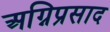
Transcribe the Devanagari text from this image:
अग्निप्रसाद